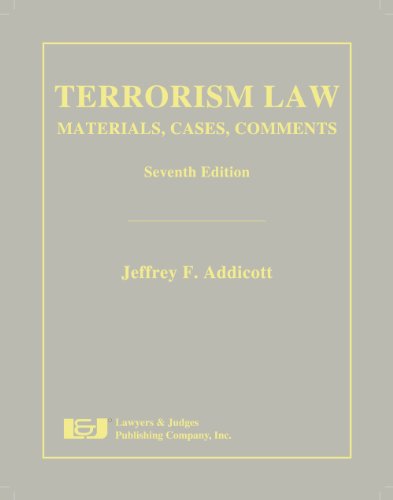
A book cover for Terrorism Law, Seventh Edition; Jeffrey F Addicott; Law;